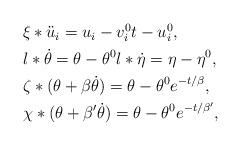
LaTeX: \begin{align*}\begin{aligned} & \xi*\ddot{u}_{i}=u_{i}-v_{i}^{0}t-u_{i}^{0},\\ & l*\dot{\theta}=\theta-\theta^{0}l*\dot{\eta}=\eta-\eta^{0},\\ & \zeta*(\theta+\beta\dot{\theta})=\theta-\theta^{0}e^{-t/\beta},\\ & \chi*(\theta+\beta'\dot{\theta})=\theta-\theta^{0}e^{-t/\beta'},\end{aligned}\end{align*}